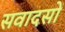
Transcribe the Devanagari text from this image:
सवादसों